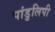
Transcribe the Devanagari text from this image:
पांडुलिपी